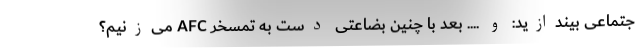
جتماعی بیندازید: و .... بعد با چنین بضاعتی دست به تمسخر AFC می‌زنیم؟